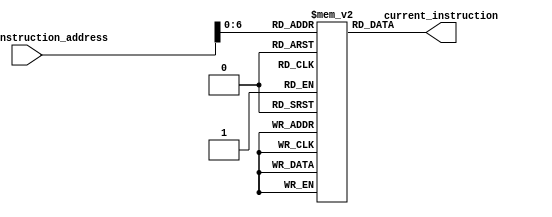
// Gabriel Coimbra - 3044
// Maria Dalila - 3030

//Modulo feito para inserir instrucoes para testes
module mInstructionMemory (
	input wire[31:0] current_instruction_address,
	output reg[31:0] current_instruction
	);

//vetor de reistradores
	reg[31:0]memory[0:127];
	integer i;
	initial begin
		for(i = 0; i < 32; i = i + 1) 
		begin
			memory[i] = 31'b0;
		end
		
		//TESTE PARA DESVIOS
		memory[0]  = 32'b00001000000000000000000000000100;	//jump

		/* STANDART TEST | STANDART TEST | STANDART TEST */
	  	memory[16]  = 32'b00000100000010000000000000001010;		//addi $t0,$zero,10
		memory[20]  = 32'b00000100000010010000000000000110;		//addi $t1,$zero,6
		memory[24]  = 32'b00000100000010010000000000000110;		//addi $t1,$zero,6
    	memory[28] = 32'b00000100000010100000000000000100;		//addi $t2,$zero,4
	  	memory[32] = 32'b00000100000010110000000000000100;		//addi $t3,$zero,4

		//TESTE PARA branch com desvio 'negativo'
		// memory[36] = 32'b00010001010010111111111111111101;		//beq $t2 $t3 1   // Turn back two words (8 bits)

		memory[36] = 32'b00000100000011000000000001001101;		//addi $t4,$zero,77
		memory[40] = 32'b00000100000100011111111111111111;		//addi $s1,$zero,-1
		memory[44] = 32'b00000100000100100000000000000010;		//addi $s2,$zero,2
		memory[48] = 32'b00000010001100101000000000101010;		//slt $s0, $s1, $s2 // 1
		memory[52] = 32'b00000001000010011000000000100000;		//add $s0 $t0 $t1 // 10 + 6 = 16 HEX: 10
		memory[56] = 32'b00000010000010101000000000100010;		//sub $s0 $s0 $t2 // 16 - 4 = 12 HEX: C
		memory[60] = 32'b00010001010010110000000000000010;		//beq $t2 $t3 1   // Skips two words (8 bits)
		//para testar o branch
		memory[64]  = 32'b00000100000010000000000000001010;		//addi $t0,$zero,10
		memory[68]  = 32'b00000100000010000000000000001011;		//addi $t0,$zero,11
		memory[72]  = 32'b00000100000010000000000000001100;		//addi $t0,$zero,12

		memory[76] = 32'b00000010000010011000000000100010;		//sub $s0 $s0 $t1 // 12 - 6 = 6  HEX: 6
		memory[80] = 32'b10101100000011000000000000000100;		//sw $t4 4($0) 	  //Saves 77 on the data memory
		memory[84] = 32'b10001100000011010000000000000100;		//lw $t5 4($0)	  //Loads 77 from the data memory
		//
		memory[88] = 32'b00000001101100010110100000100000;		//add $t5 $t5 $s1 // 77 - 1 = 76
		// memory[92] = 32'b00010001010010111111111111110111;		//beq $t2 $t3 -9  //Goes back to the beginning


	end

//sempre que houver valor em address
//significa que ha uma instrucao a ser processada
	always @ (current_instruction_address) begin
		current_instruction = memory[current_instruction_address];
	end
endmodule